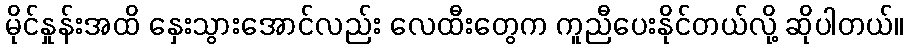
မိုင်နှုန်းအထိ နှေးသွားအောင်လည်း လေထီးတွေက ကူညီပေးနိုင်တယ်လို့ ဆိုပါတယ်။